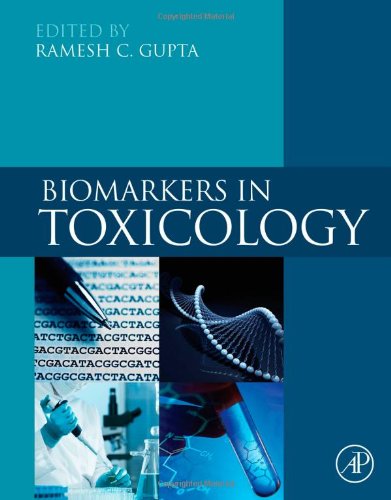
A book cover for Biomarkers in Toxicology; Medical Books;